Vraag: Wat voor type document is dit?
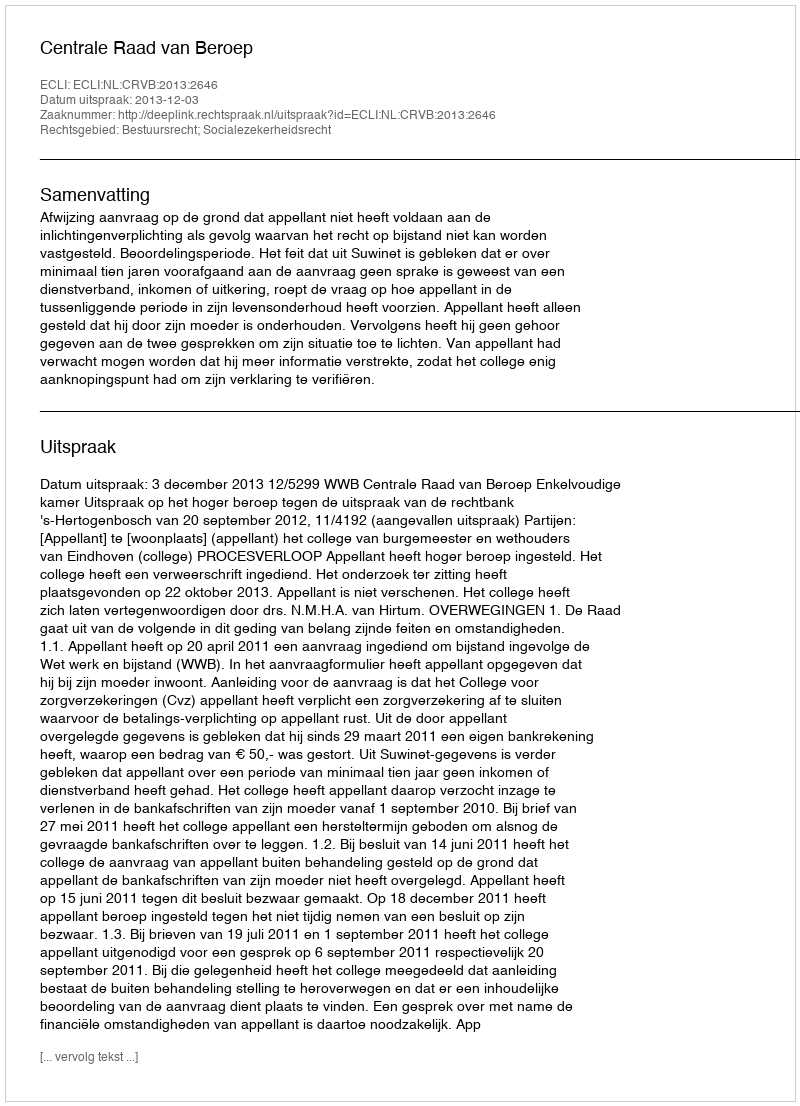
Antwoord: Uitspraak